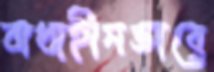
বাধাহীনভাবে